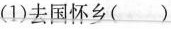
(1)去国怀乡()